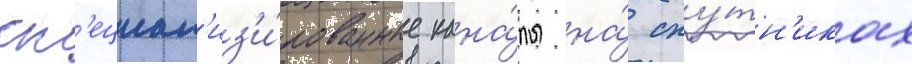
сп'ециал'из'и́рованные кана́лы на́ спу́тн'иках